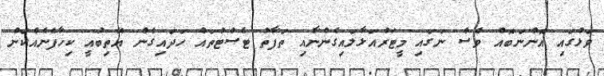
ވަޅުގައި އޮންނަބޮއް ވެސް ނަގައި މީޓަރުއަޅާލައިގެންނާއި ތަފާތު ޓެސްޓުތައް ހަދައިގެން އޭތިބުއީ ކިހާފެނެއްކަން